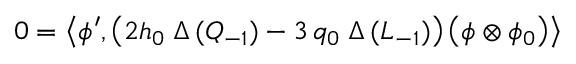
0 = \left\langle \phi ^ { \prime } , \left( 2 h _ { 0 } \; \Delta \, ( Q _ { - 1 } ) - 3 \, q _ { 0 } \; \Delta \, ( L _ { - 1 } ) \right) \left( \phi \otimes \phi _ { 0 } \right) \right\rangle